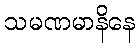
သမဏမာနိနေ